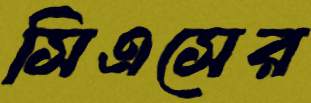
সিএসের